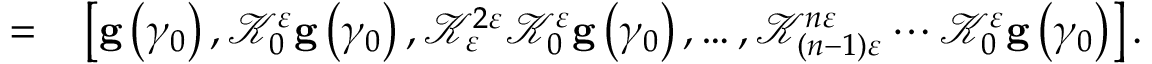
\begin{array} { r l } { = } & { { } \left[ \mathbf { g } \left( \gamma _ { 0 } \right) , \mathcal { K } _ { 0 } ^ { \varepsilon } \mathbf { g } \left( \gamma _ { 0 } \right) , \mathcal { K } _ { \varepsilon } ^ { 2 \varepsilon } \mathcal { K } _ { 0 } ^ { \varepsilon } \mathbf { g } \left( \gamma _ { 0 } \right) , \ldots , \mathcal { K } _ { \left( n - 1 \right) \varepsilon } ^ { n \varepsilon } \cdots \mathcal { K } _ { 0 } ^ { \varepsilon } \mathbf { g } \left( \gamma _ { 0 } \right) \right] . } \end{array}